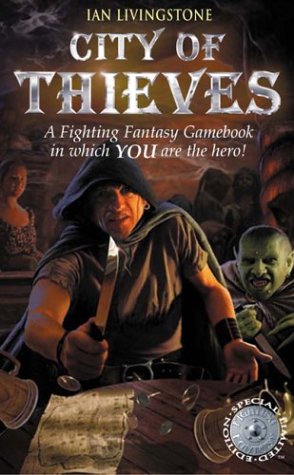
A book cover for City of Thieves (Fighting Fantasy); Ian Livingstone; Teen & Young Adult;